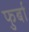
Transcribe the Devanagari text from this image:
फुर्बा